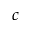
c